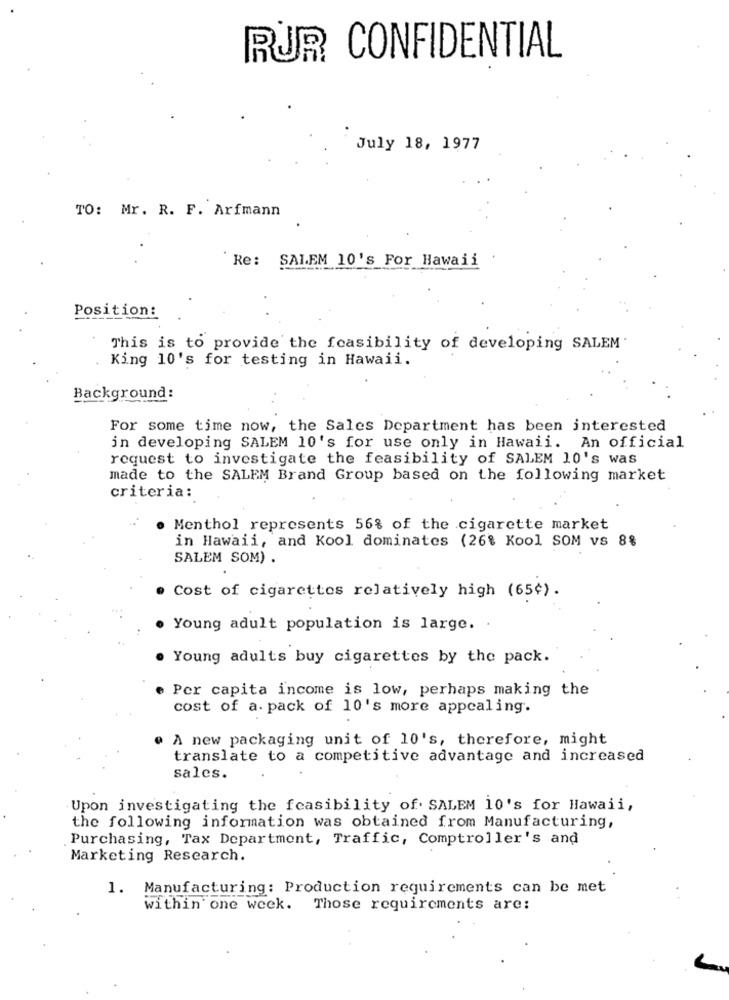
RUR CONFIDENTIAL
July 18, 1977
TO: Mr. R. F. Arfmann
`Re: SALEM 10's For Hawaii
Position:
This is to provide the feasibility of developing SALEM
King 10's for testing in Hawaii.
Background:
For some time now, the Sales Department has been interested
in developing SALEM 10's for use only in Hawaii. An official
request to investigate the feasibility of SALEM 10's was
made to the SALEM Brand Group based on the following market
criteria:
. Menthol represents 56% of the cigarette market
in Hawaii, and Kool dominates (26% Kool SOM vs 8%
SALEM SOM) .
Cost of cigarettes relatively high (65¢).
Young adult population is large.
Young adults buy cigarettes by the pack.
e Per capita income is low, perhaps making the
cost of a. pack of 10's more appealing.
@ A new packaging unit of 10's, therefore, might
translate to a competitive advantage and increased
sales.
Upon investigating the feasibility of. SALEM 10's for Hawaii,
the following information was obtained from Manufacturing,
Purchasing, Tax Department, Traffic, Comptroller's and
Marketing Research.
1. Manufacturing: Production requirements can be met
within one week. Those requirements are: